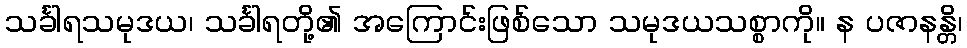
သင်္ခါရသမုဒယ၊ သင်္ခါရတို့၏ အကြောင်းဖြစ်သော သမုဒယသစ္စာကို။ န ပဇာနန္တိ၊